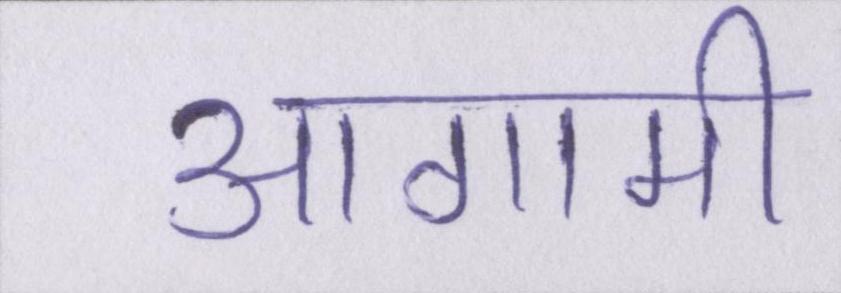
आगामी